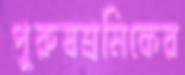
পুরুষশ্রমিকের